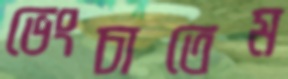
ভেংচাতেম